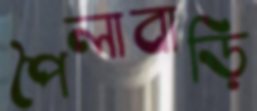
পৈলাবাড়ি